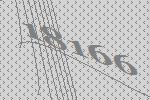
18166